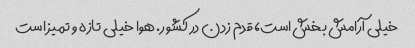
خیلی آرامش بخش است، قدم زدن در کشور. هوا خیلی تازه و تمیز است